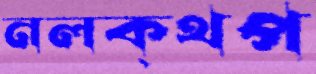
নলক্থপ